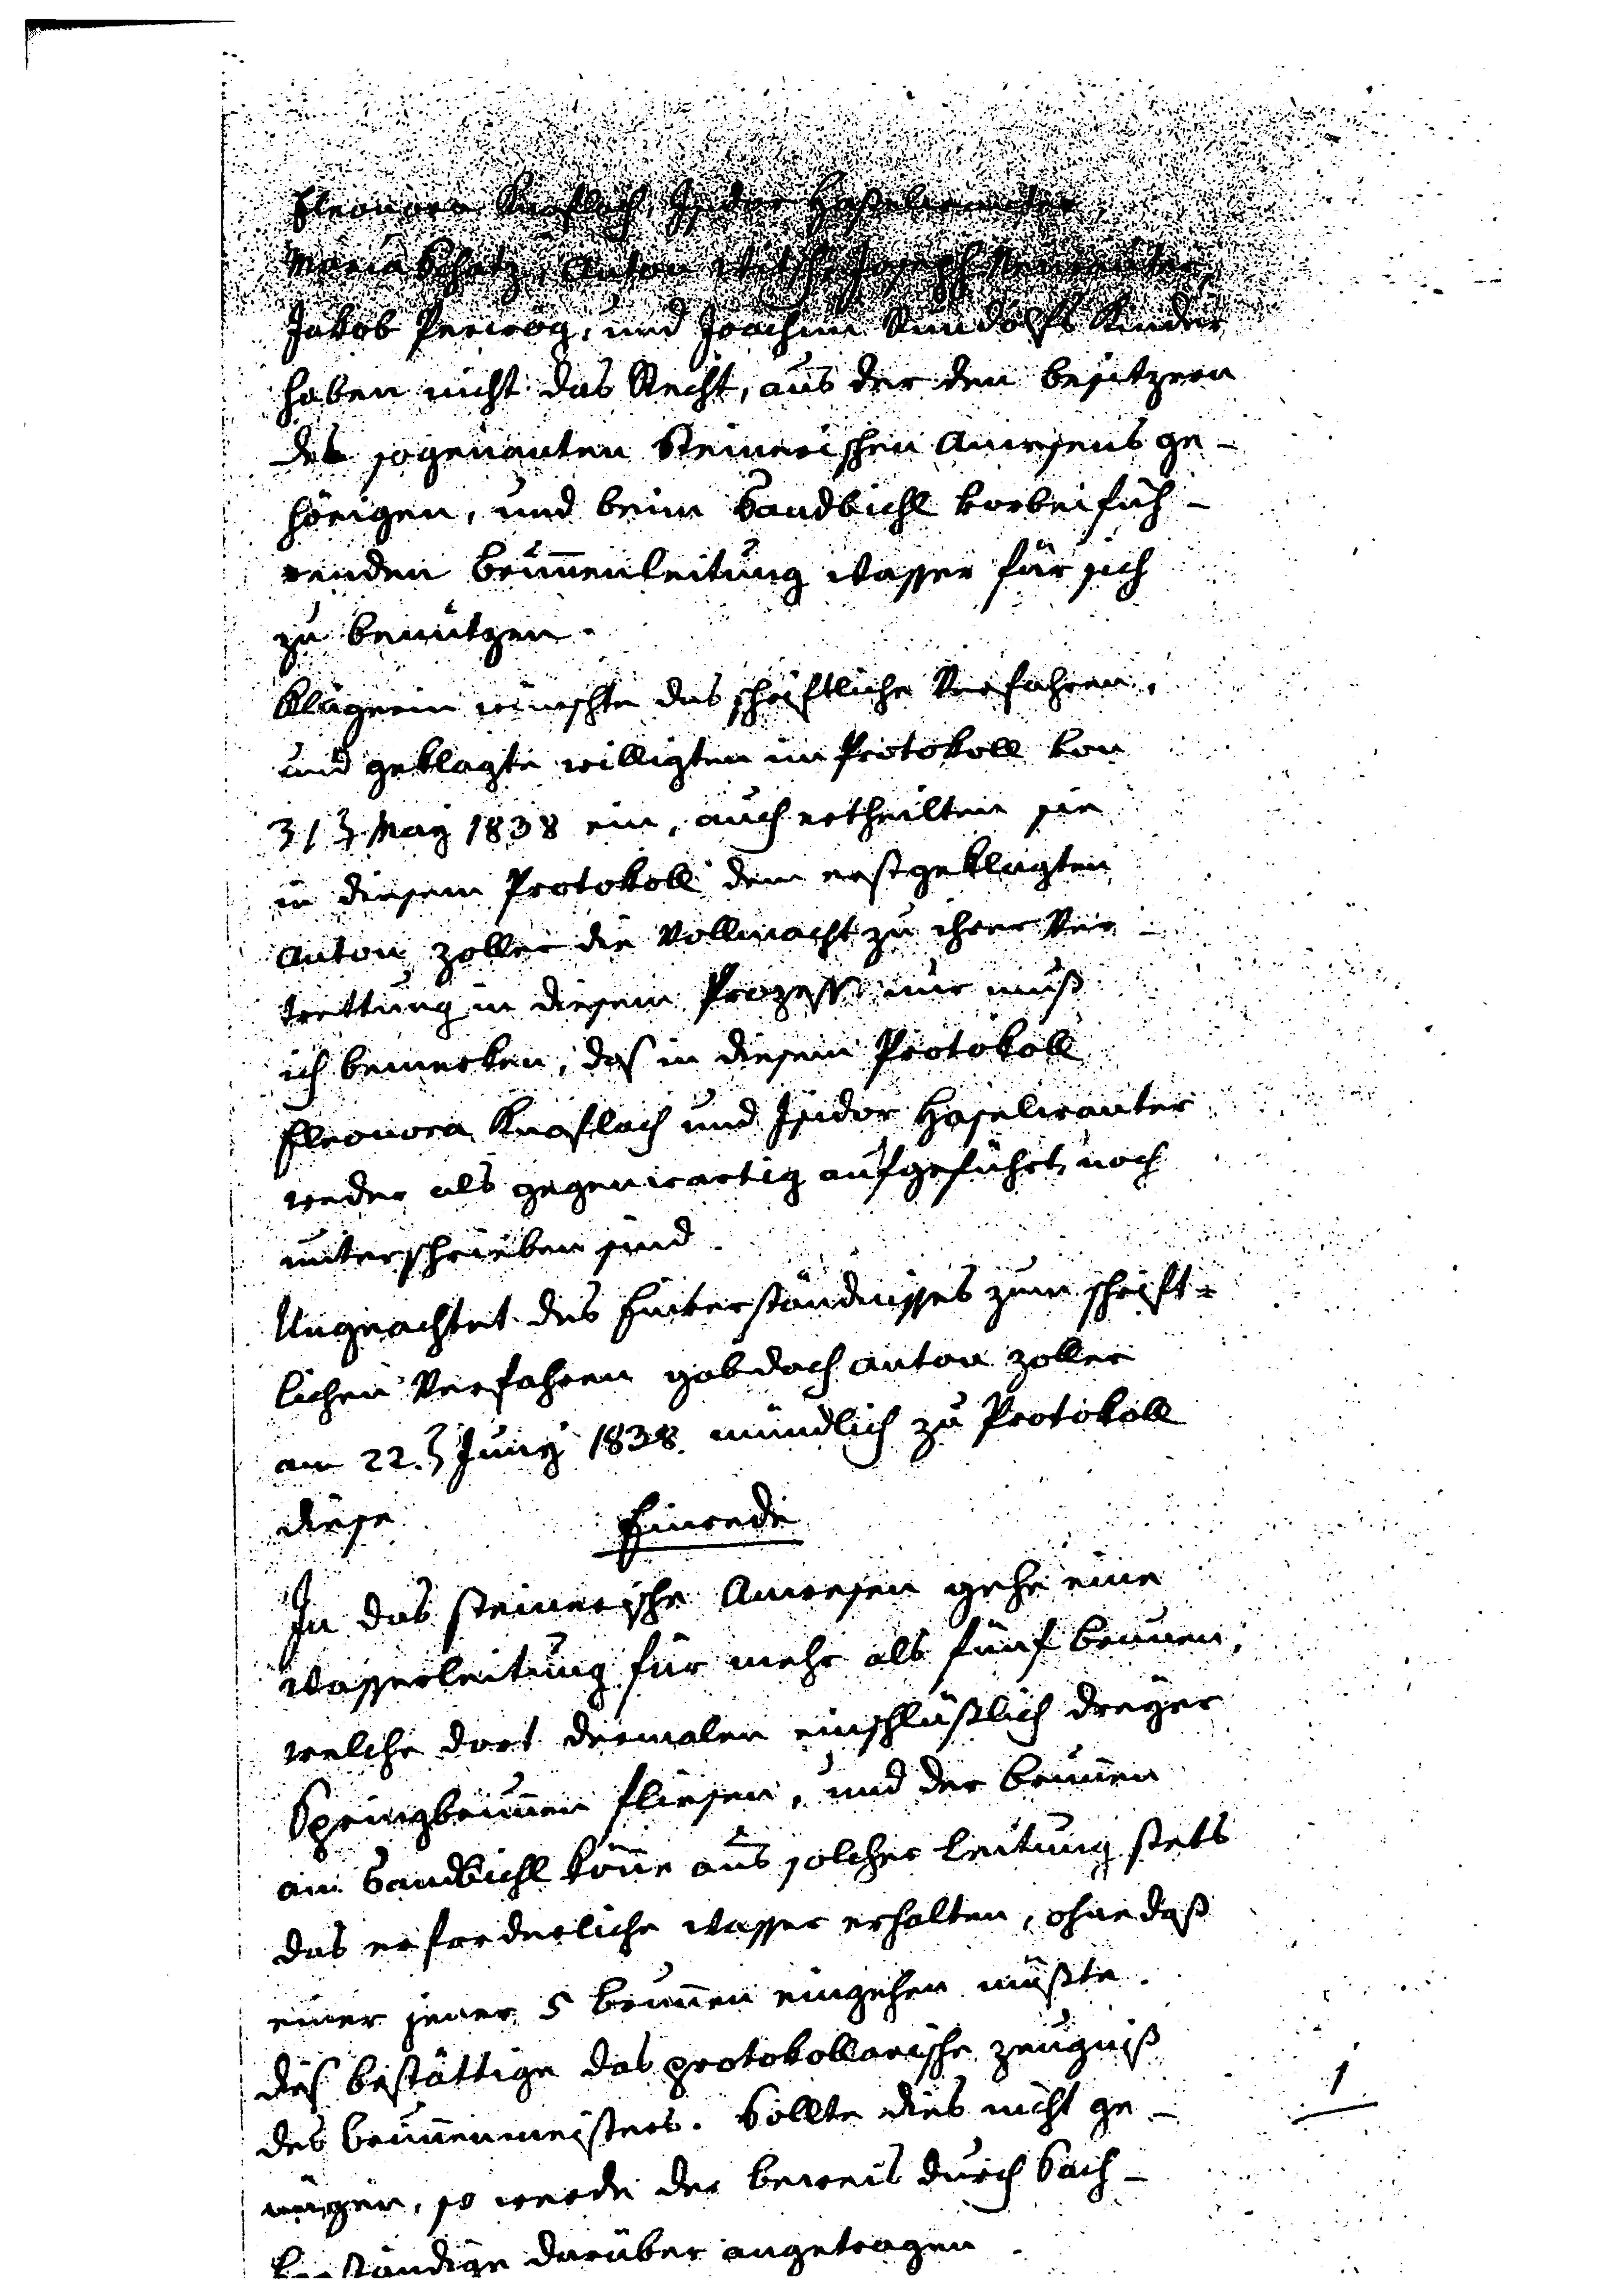
Eleonora Knoflach, Isidor Haßelwanter
Maria Schatz, Anton Witsch, Joseph Neurauter
Jakob Perwög, und Joachim Randolfs Kinder
haben nicht das Recht, aus der den Besitzern
des sogenanten steinersichen Anwesens ge¬
hörigen, und beim Sandbichl vorbeifüh¬
renden Brunnenleitung Wasser für sich
zu benützen.
Klägerin wünschte das gerichtliche Verfahren
und Geklagte willigten im Protokoll vom
31. ten May 1838 ein, auch ertheilten sie
in diesem Protokoll dem erstgeklagten
Anton Zoller die Vollmacht zu ihrer Ver-
trettung in diesem Prozeß nur muß
ich bemerken, daß in diesem Protokoll
Eleonora Knoflach und Isidor Haselwanter
weder als gegenwärtig aufgeführt, noch
unterschrieben sind.
Ungeachtet des Einverständnisses zum schrift¬
lichen Verfahren gab doch Anton Zoller
am 22. ten Juny 1838 mündlich zu Protokoll
diese
Einrede
In das steinerische Anwesen gehe eine
Wasserleitung für mehr als fünf Brunnen,
welche dort dermalen einschließlich dreyer
Springbrunnen fliesen, und der Brunnen
am Sandbichl kann aus solcher Leitung stets
das erforderliche Wasser erhalten, ohne daß
einer jener 5 Brunnen eingehen müßte.
Dies bestätigen das protokollarische Zeugnis
des Brunnenmeisters. Sollte dies nicht ge¬
nügen, so werde der Beweis durch Sach¬
verständige darüber angetragen.
1